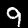
Label: 9